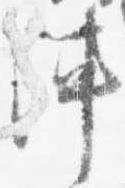
陣